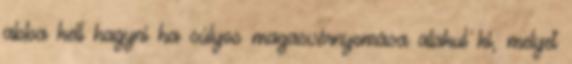
abba kell hagyni ha súlyos magasvérnyomása alakul ki, melyet